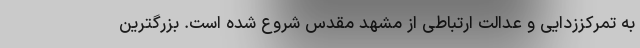
به تمرکززدایی و عدالت ارتباطی از مشهد مقدس شروع شده است. بزرگترین